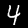
Label: 4